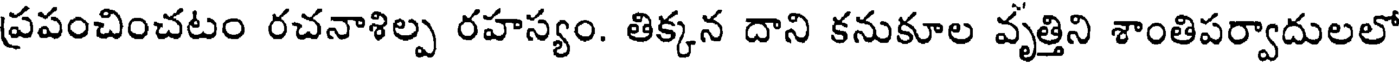
ప్రపంచించటం రచనాశిల్ప రహస్యం. తిక్కన దాని కనుకూల వృత్తిని శాంతిపర్వాదులలో